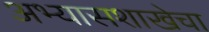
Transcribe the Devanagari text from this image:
अभ्यासशाखेचा